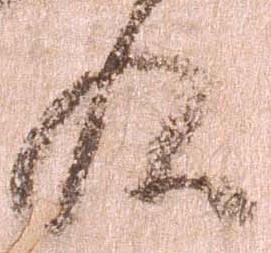
殿